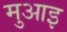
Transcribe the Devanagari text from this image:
मुआइ